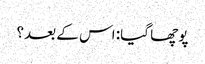
پوچھا گیا: اس کے بعد؟